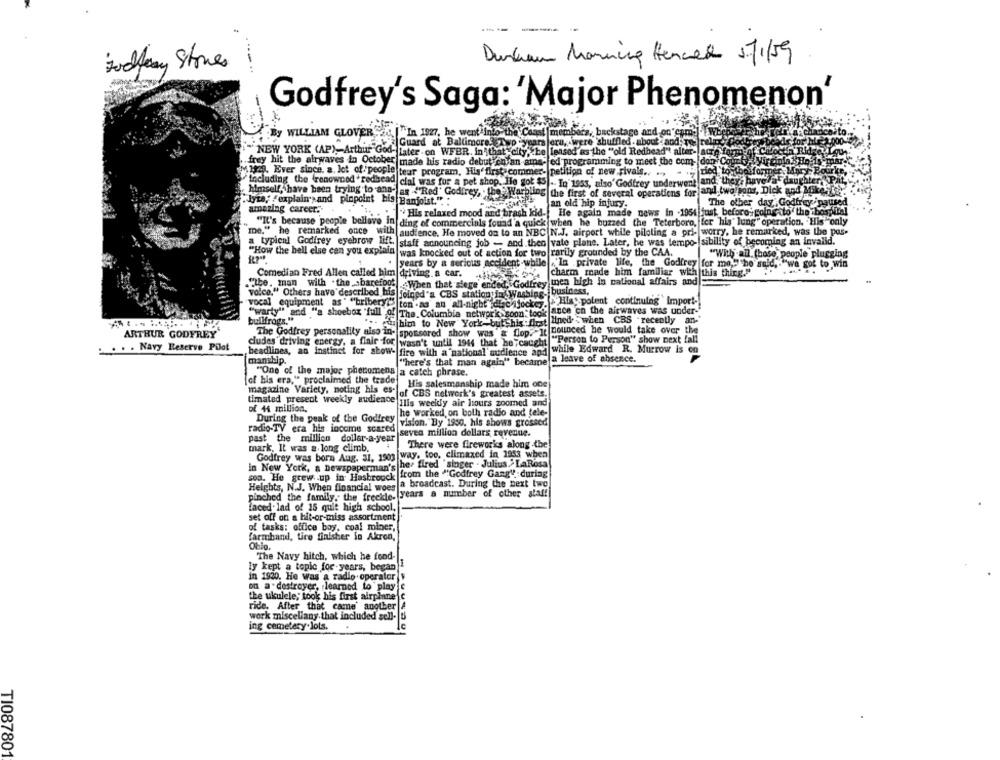
---
Durham Manning Hennes 171/59
Godfray Stones
Godfrey's Saga: 'Major Phenomenon'
By WILLIAM GLOVER
"In 1927, he went into the Coast |members, backstage and on"cam- . WEc
Guard at Baltimore yp -yea
lara, were shuffled . about .and The relax
-NEW YORK (AP), Arthur God- Later on WFBR. in' that city, the leased as the "old Redhead" alter- lacrh
fed programming to meet the com- don Co
.frey hit the airwaves in October made his radio debut on an ama
M.19. Ever since. a. lot of people teur program, His' first comme
petition of new rivals .. .
Tried to bolfarm
Including the (renowned . redhead cial was for a pet shop. He got $5 .. In 1955, also' Godfrey underwent and they have a daughte
the first of several operations for and two sons, Dick and Mike
himself, have been trying to and- as ""Red" Godfrey, . the Ware
"lyta, "explain, and pinpoint his Banjoist."
an old hip injury.
The other day" Godfrey paused
amazing career.
" His relaxed mood and brash kid-
He again made news in .1954 just before; going to the hospital
"It's because people believe in ding of commercials found a quick when he buzzed the Teterboro, for his' lung" operation. His only
me," he remarked once with audience. He moved on to an NBC |N.J. airport while piloting a pri- worry, he remarked, was the pas-
a typical Godfrey eyebrow lift.
staff announcing job - and then vate plane. Later, he was tempo- sibility of becoming an invalid.
"How the hell else can you explain
was knocked out of action for two rarily grounded by the CAA.
"With-all (hose, people plugging
years by a serious accident-while "In private life, the Godfrey for me," he said, "we got to win
Comedian Fred Allen called him driving.a car.
charm made him familiar with this thing."
"the. man with . the >barefoot)
When that siege ended, Godfrey men high in national affairs and
voice." Others have described his
joined's CBS station in' Washing-
business,
vocal equipment as" "bribery" ton as an all-night diecijocke, . Bist polent continuing import -!
"warty" and "a shoebox "full of The, Columbia network soon took ance on the airwaves was under-
bullfrogs."
" him to New York-butthis . flest Hned - when CBS . recently an-"
ARTHUR GODFREY
The Godfrey personality also in-
sponsored show was "a flop. "It nounced he would take over the
cludes driving energy, a flair for wasn't until 1944 that he caught "Person to Person" show next fall
. . .. Navy Reserve Pilot
beadlines, an instinct for show-
fire with a national audience and while Edward R. Murrow is on
manship.
"here's that man again" became
a leave of absence.
"One of the major phenomens a catch phrase.
[of his era," proclaimed the trade
His salesmanship made him one
magazine Variety, noting his es-
of CBS network's greatest assets.
timated present weekly audience;
Ills weeldy air hours zoomed and
of 44 million.
During the peak of the Godfrey
The worked, on both radio and tele-
vision. By 1950, his shows grossed
radio-TV era his income scared
sevea million dollars revenue.
past the million dollar-a-year
mark. It was a long climb.
There were fireworks along -the
Godfrey was born Aug. 31, 1903 way. too, climaxed in 1953 when
she- fired "singer . Julius.> LaRosa
In New York, a newspaperman's
son. He grew up in Hasbrouck from the ""Godfrey Gang" during
Heights, N.J. When financial woes a broadcast. During the next two
pinched the family. the freckle. years a number of other staff
faced. lad of 15 quit high school,
set off on a hit-or-miss assortment
of tasks: office boy, coal miner,
farmband, tire finisher in Akron,
The Navy hitch, which he fond-
ly kept a tople for years, began)
in 1920. He was a radio operator y
on a destroyer, learned to play e
the ukulele; took his first airplane c
ride. After that came' another A
work miscellany that included sell- B
ing cemetery.lots.
TI087801